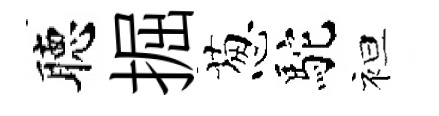
聴掘葱駝袒